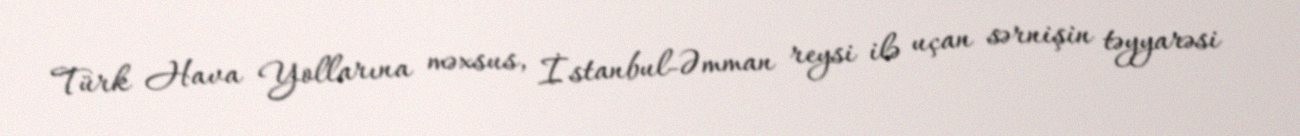
Türk Hava Yollarına məxsus, İstanbul-Əmman reysi ilə uçan sərnişin təyyarəsi